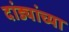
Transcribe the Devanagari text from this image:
दांड्यांच्या